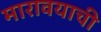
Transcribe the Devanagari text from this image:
मारावयाची